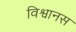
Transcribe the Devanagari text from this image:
विश्वानस